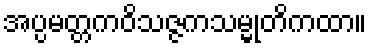
အပ္ပမတ္တကဝိသဇ္ဇကသမ္မုတိကထာ။